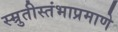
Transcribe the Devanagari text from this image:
स्म्रुतीस्तंभाप्रमाणे